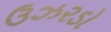
ઉઝરડો